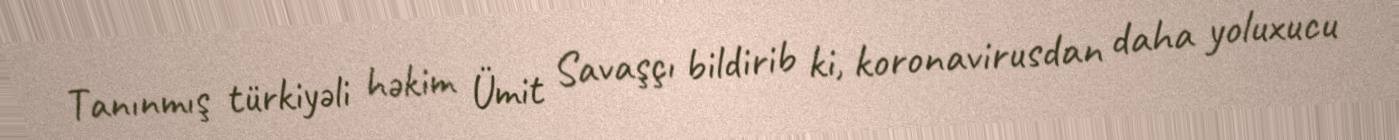
Tanınmış türkiyəli həkim Ümit Savaşçı bildirib ki, koronavirusdan daha yoluxucu